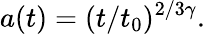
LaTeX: a(t)=(t/t_{0})^{2/3\gamma}.